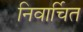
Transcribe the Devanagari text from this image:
निवार्चित